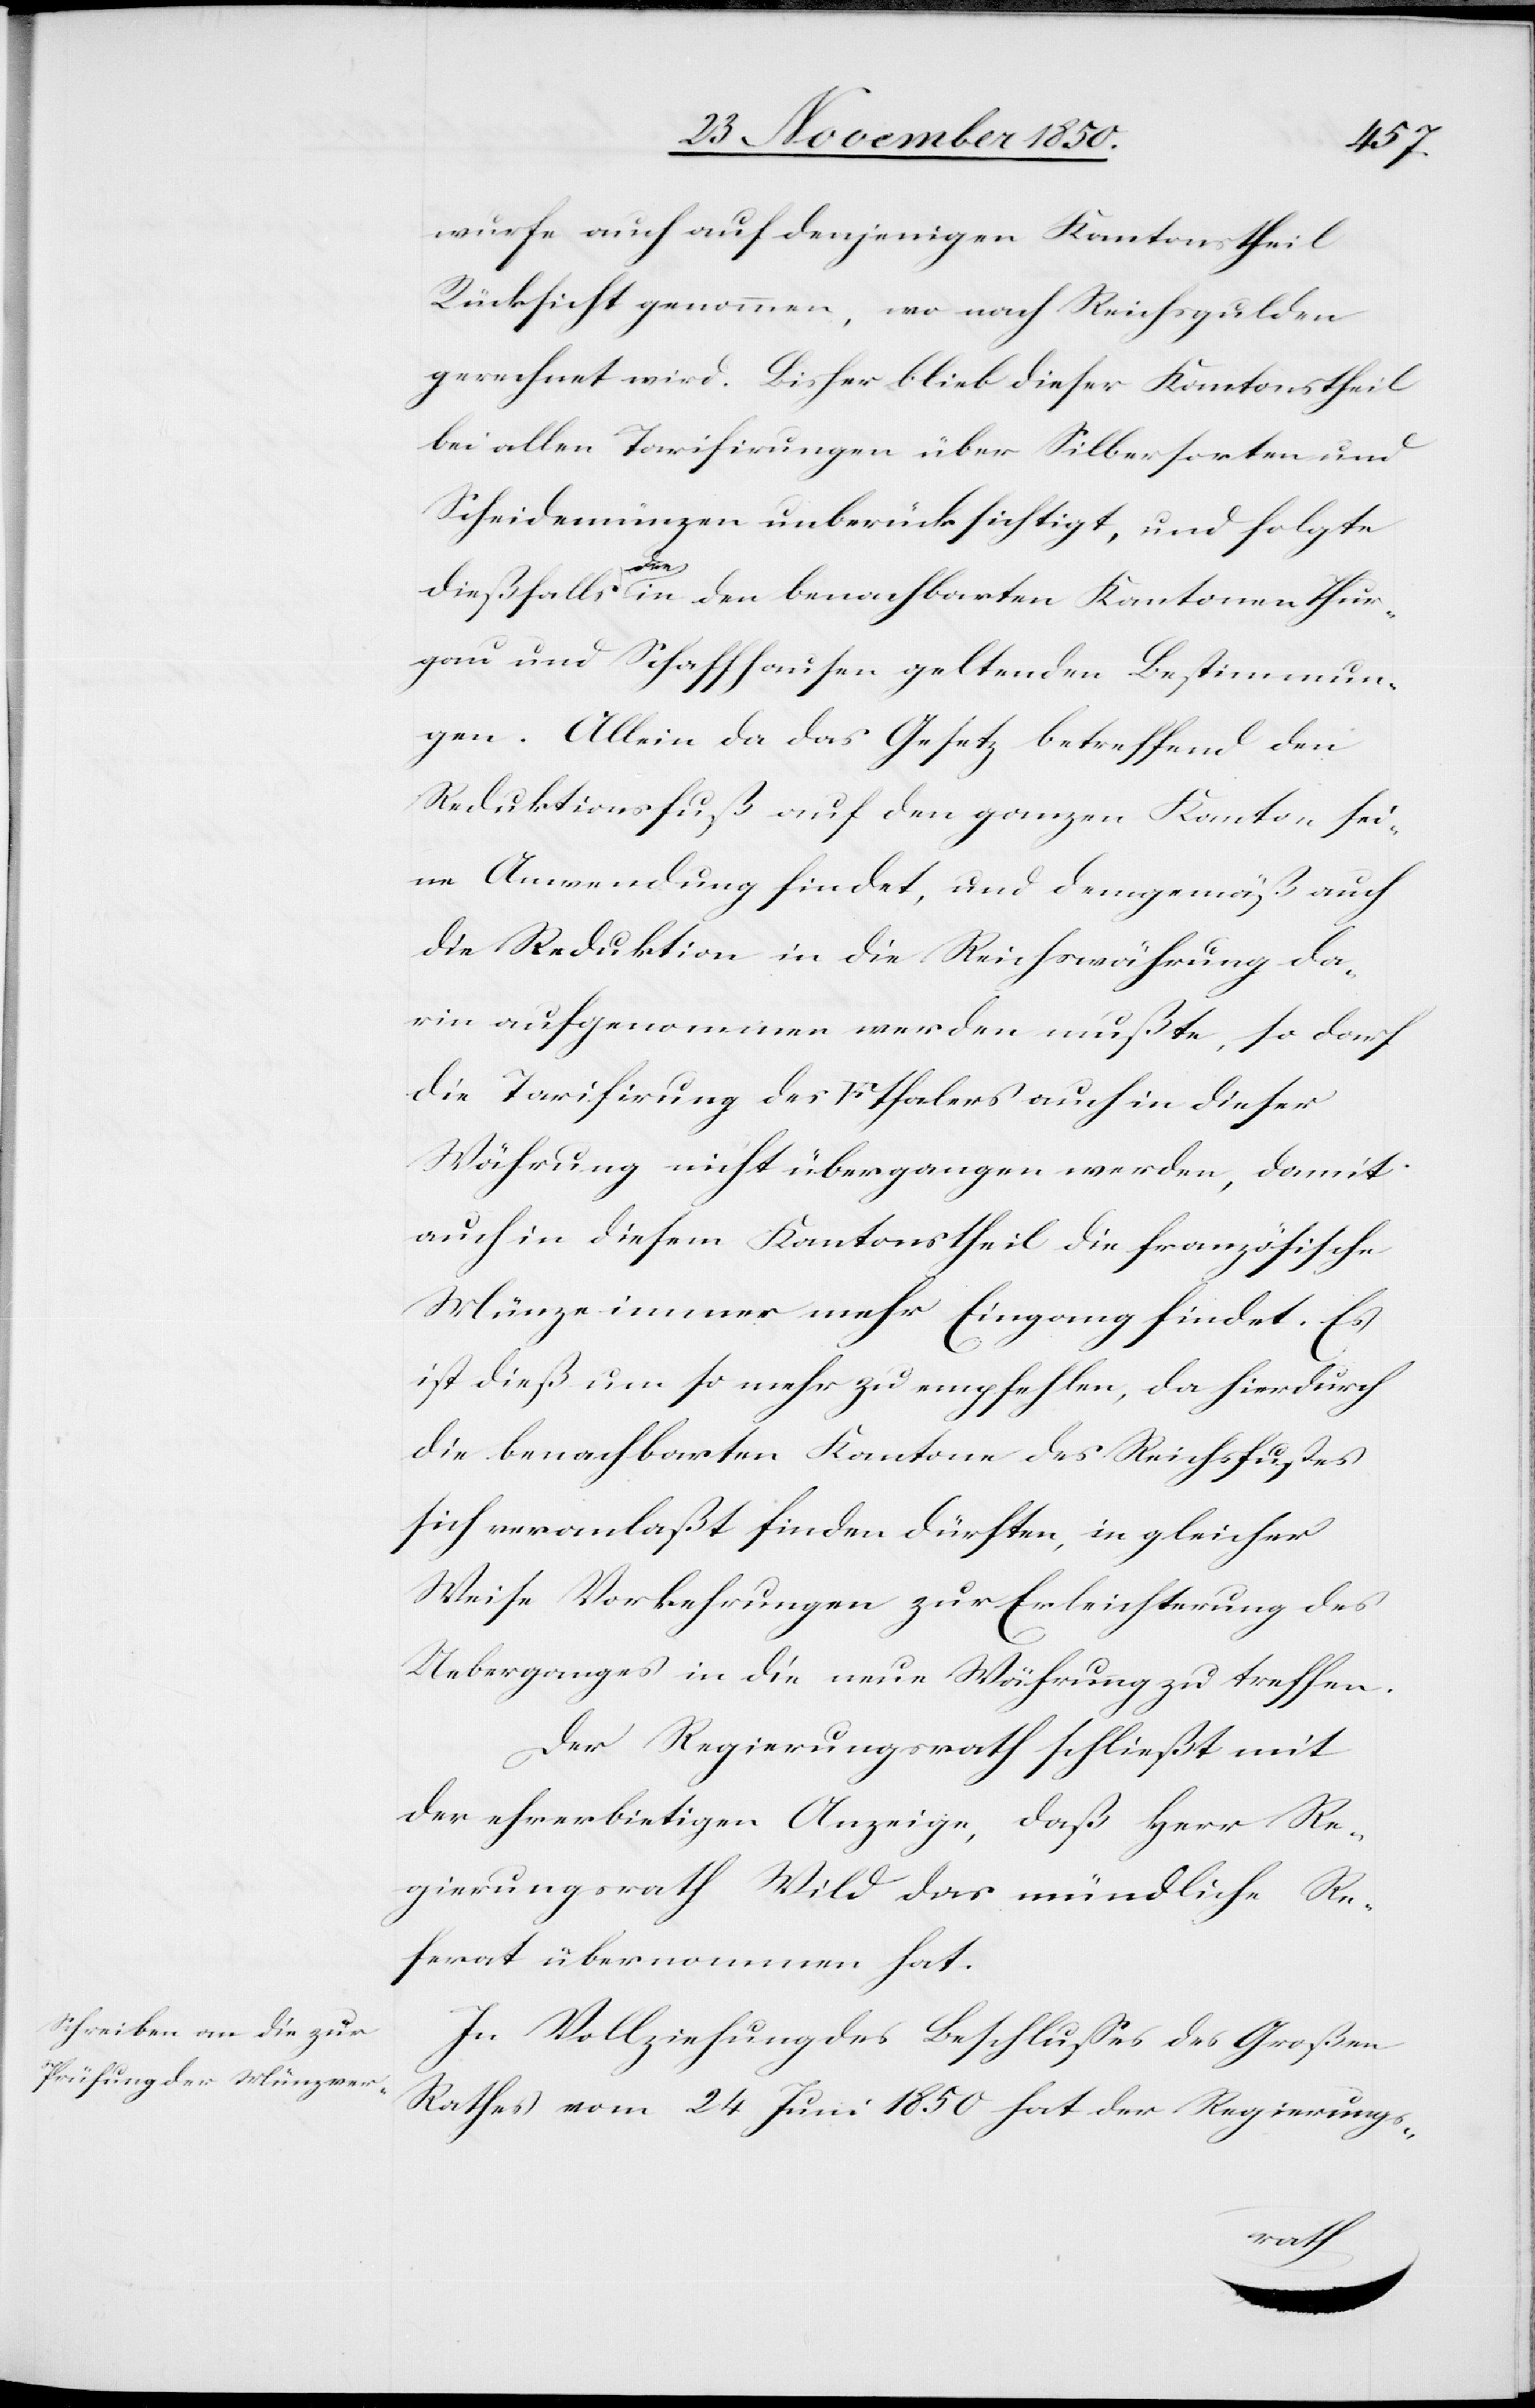
dieser
wurfe auch auf denjenigen Kantonstheil
Rücksicht genommen, wo nach Reichsgulden
gerechnet wird. Bisher blieb dieser Kantonstheil
bei allen Tarifirungen über Silbersorten und
Scheidemünzen unberücksichtigt, und folgte
die
dießfalls den in den benachbarten Kantonen Thur¬
gau und Schaffhausen geltenden Bestimmun¬
gen. Allein da das Gesetz betreffend den
Reduktionsfuß auf den ganzen Kanton sei¬
ne Anwendung findet, und demgemäß auch
die Reduktion in die Reichswährung da¬
rin aufgenommen werden mußte, so darf
Währung nicht übergangen werden, damit
auch in diesem Kantonstheil die französische
Münze immer mehr Eingang findet. Es
ist dieß um so mehr zu empfehlen, da hierdurch
die benachbarten Kantone des Reichsfusses
sich veranlaßt finden dürften, in gleicher
Weise Vorkehrungen zur Erleichterung des
Ueberganges in die neue Währung zu treffen.
Der Regierungsrath schließt mit
der ehrerbietigen Anzeige, daß Herr Re¬
gierungsrath Wild das mündliche Re¬
ferat übernommen hat.
In Vollziehung des Beschlusses des Großen
Rathes vom 24 Juni 1850 hat der Regierungs-
auch
in